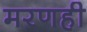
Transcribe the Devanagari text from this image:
मरणही